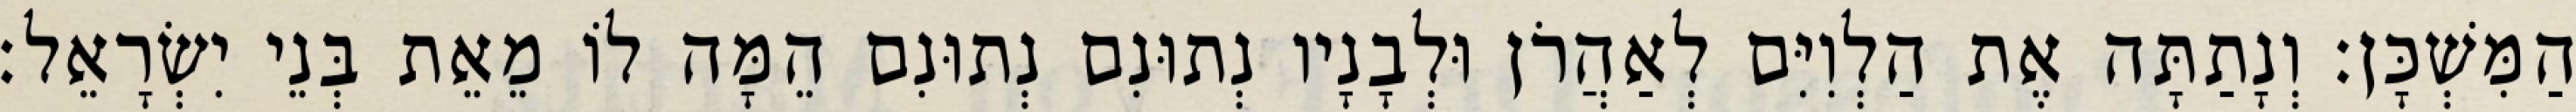
הַמִּשְׁכָּן׃ וְנָתַתָּה אֶת הַלְוִיִּם לְאַהֲרֹן וּלְבָנָיו נְתוּנִם נְתוּנִם הֵמָּה לוֹ מֵאֵת בְּנֵי יִשְׂרָאֵל׃